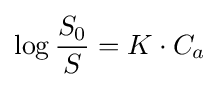
\log {\frac {S_{0}}{S}}=K\cdot C_{a}